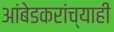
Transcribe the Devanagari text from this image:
आंबेडकरांच्याही